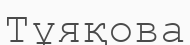
Тұяқова